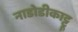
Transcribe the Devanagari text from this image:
नाडोडीकाट्टू